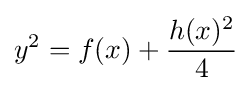
y^{2}=f(x)+{\frac {h(x)^{2}}{4}}